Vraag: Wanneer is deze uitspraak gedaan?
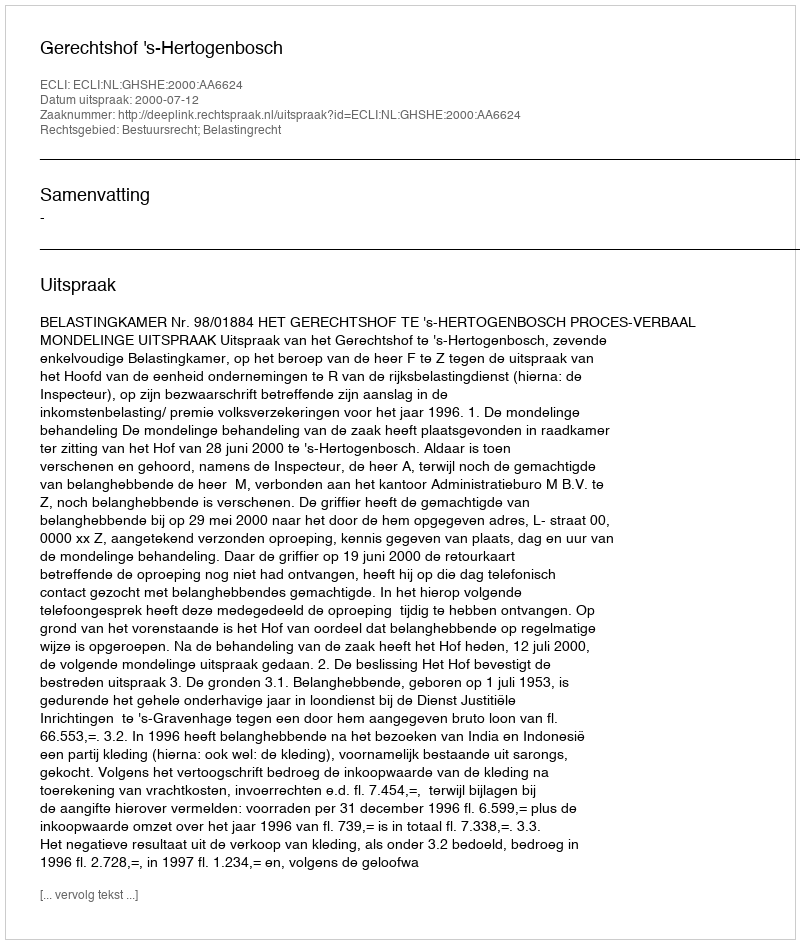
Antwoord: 2000-07-12